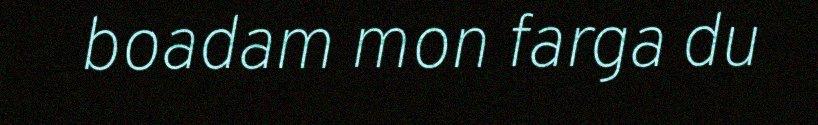
boadam mon farga du